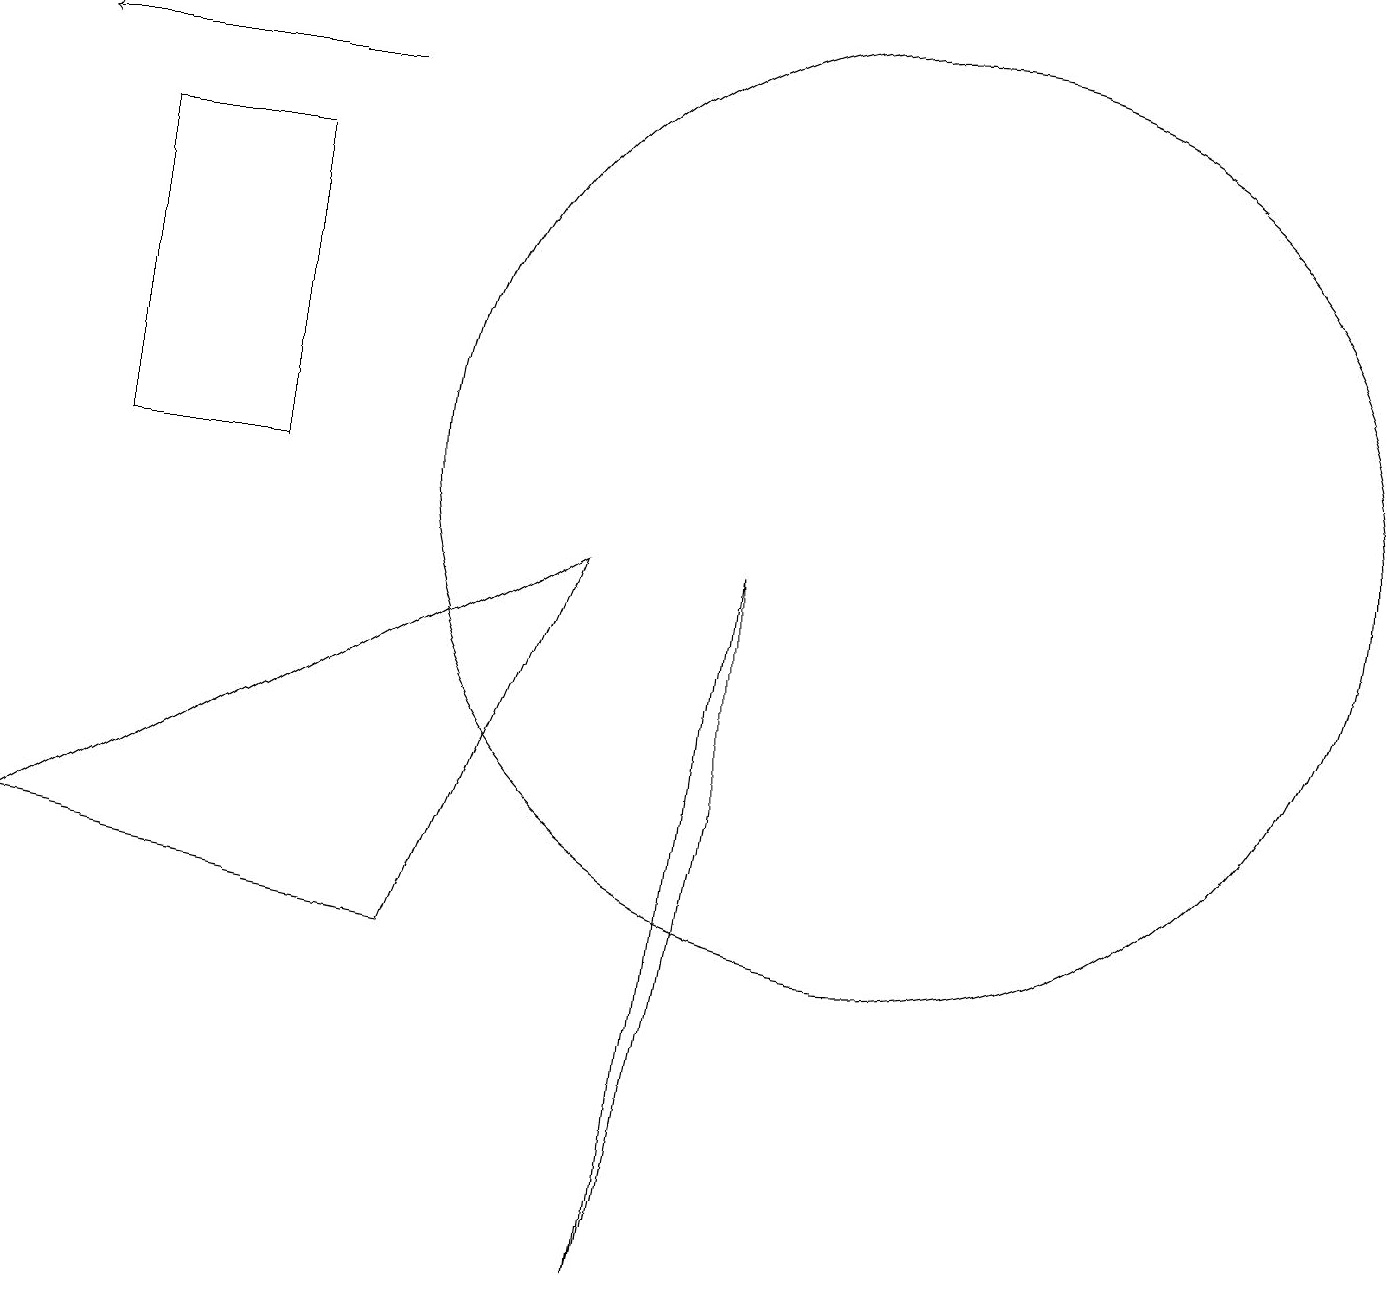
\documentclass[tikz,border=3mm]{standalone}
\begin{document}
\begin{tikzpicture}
\draw (7,9) -- (0,5) -- (5,4) -- cycle;
\draw (9,6) -- (8,0) -- (9,9) -- cycle;
\draw (11,10) circle (6);
\draw[->] (4,15) -- (0,15);
\draw (1,14) rectangle (3,10);
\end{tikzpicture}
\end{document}